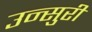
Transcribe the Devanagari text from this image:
उन्सुरी